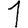
Digit: 1